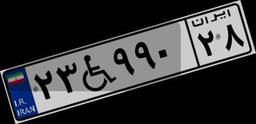
۲۳W۹۹۰۲۸